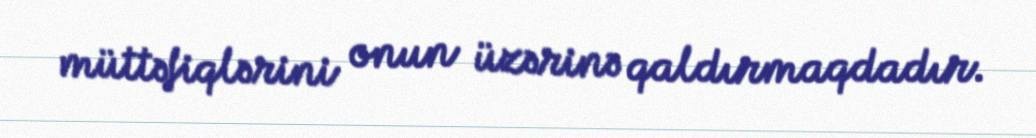
müttəfiqlərini onun üzərinə qaldırmaqdadır.